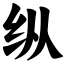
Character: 纵